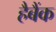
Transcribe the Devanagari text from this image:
हैबैंक